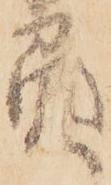
負